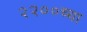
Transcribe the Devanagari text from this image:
२२००च्या